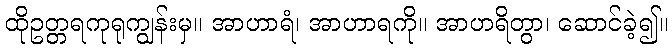
ထိုဥတ္တရကုရုကျွန်းမှ။ အာဟာရံ၊ အာဟာရကို။ အာဟရိတွာ၊ ဆောင်ခဲ့၍။